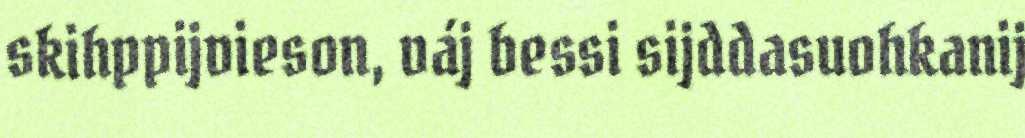
skihppijvieson, váj bessi sijddasuohkanij